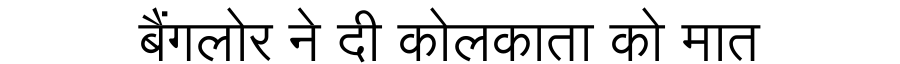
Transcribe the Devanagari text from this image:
बैंगलोर ने दी कोलकाता को मात